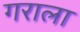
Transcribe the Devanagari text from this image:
गराला